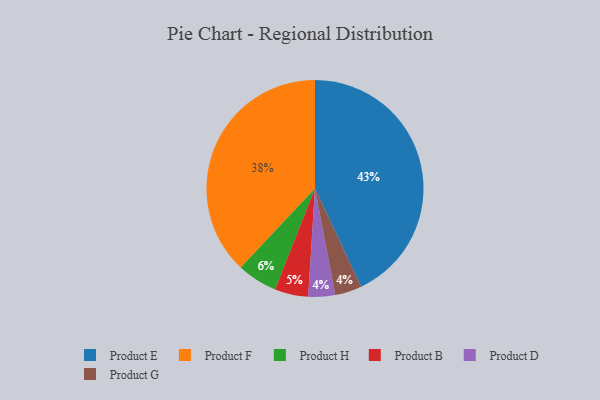
{"axis": {"x": "Category", "y": "Percentage"}, "legend": ["Product B", "Product D", "Product E", "Product F", "Product G", "Product H"], "data": [{"x": "Product H", "y": 6, "type": "Product H"}, {"x": "Product B", "y": 5, "type": "Product B"}, {"x": "Product D", "y": 4, "type": "Product D"}, {"x": "Product E", "y": 43, "type": "Product E"}, {"x": "Product G", "y": 4, "type": "Product G"}, {"x": "Product F", "y": 38, "type": "Product F"}]}